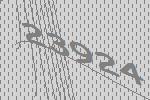
23924